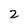
Character: 2